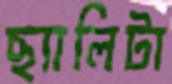
ছ্যালিটা